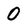
Character: 0